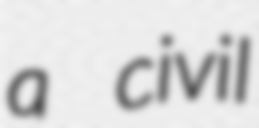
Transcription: a civil